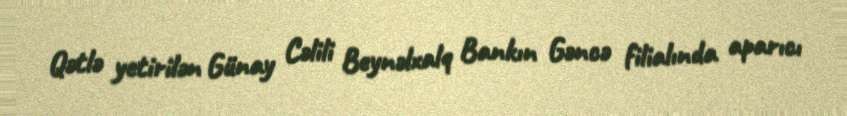
Qətlə yetirilən Günay Cəlili Beynəlxalq Bankın Gəncə filialında aparıcı